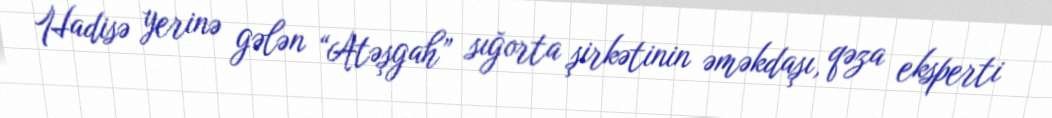
Hadisə yerinə gələn “Atəşgah” sığorta şirkətinin əməkdaşı, qəza eksperti